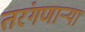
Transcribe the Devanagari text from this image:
तरंगणाऱ्या